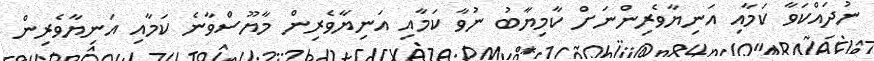
ނުދައްކަވާ ކަމާއި އަނިޔާވެރިންނަށް ކާމިޔާބު ނުވާ ކަމާއި އަނިޔާވެރިން މާޔޫސްވާނެ ކަމާއި އަނިޔާވެރިން